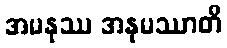
အမနုဿ အနုမဿာတိ